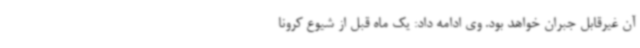
آن غیرقابل جبران خواهد بود. وی ادامه داد: یک ماه قبل از شیوع کرونا